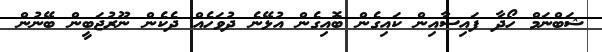
ޝަބްނަމް ހޯދާ ފައިސާއިން ކައިގެން ބޮއިގެން އުޅޭނެ ދުވަހެއް ދެކެން ނޫރުޖަބީން ބޭނުން